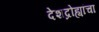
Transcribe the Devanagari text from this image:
देशद्रोह्यांचा